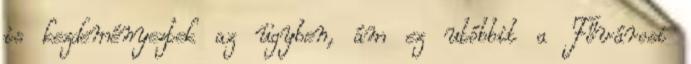
is kezdeményeztek az ügyben, ám ez utóbbit a Fővárosi